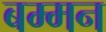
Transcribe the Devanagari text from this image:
बम्मन